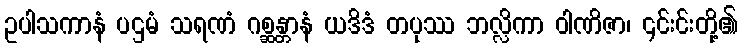
ဥပါသကာနံ ပဌမံ သရဏံ ဂစ္ဆန္တာနံ ယဒိဒံ တပုဿ ဘလ္လိကာ ဝါဏိဇာ၊ ၎င်းင်းတို့၏